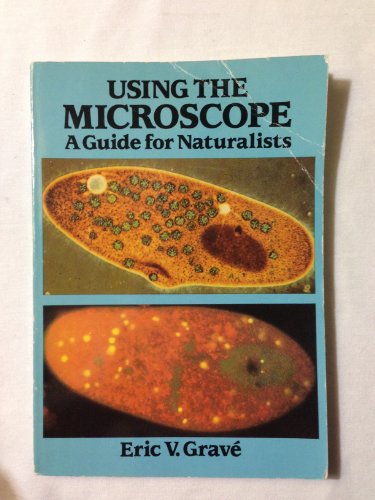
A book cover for Using the Microscope: A Guide for Naturalists; Eric V. Grave; Science & Math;